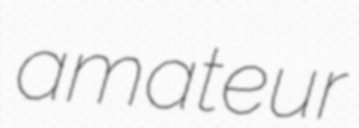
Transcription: amateur